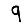
Digit: 9